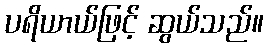
ပရိယာယ်ဖြင့် ဆွယ်သည်။